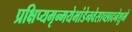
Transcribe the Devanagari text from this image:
प्रक्षिप्यमृन्मयेभांडेनवेसाच्छादनेशुभे